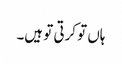
ہاں تو کرتی تو ہیں۔